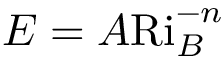
E = A \ensuremath { \mathrm { R i } _ { B } } ^ { - n }